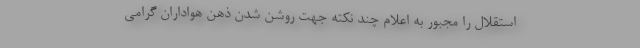
استقلال را مجبور به اعلام چند نکته جهت روشن شدن ذهن هواداران گرامی